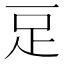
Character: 𧾸